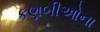
કણબીઓના